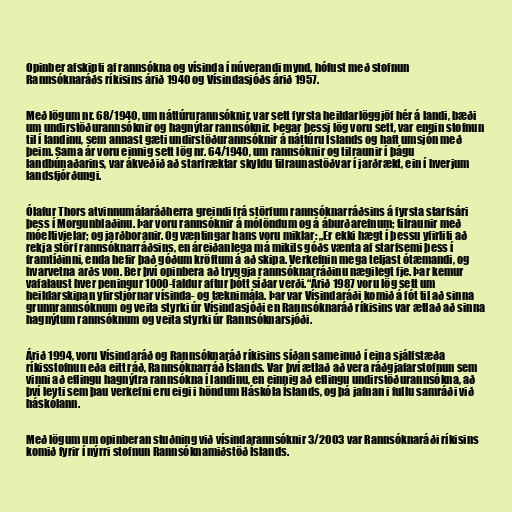
Opinber afskipti af rannsókna og vísinda í núverandi mynd, hófust með stofnun
Rannsóknaráðs ríkisins árið 1940 og Vísindasjóðs árið 1957.

Með lögum nr. 68/1940, um náttúrurannsóknir, var sett fyrsta heildarlöggjöf hér á landi, bæði
um undirstöðurannsóknir og hagnýtar rannsóknir. Þegar þessi lög voru sett, var engin stofnun
til í landinu, sem annast gæti undirstöðurannsóknir á náttúru Íslands og haft umsjón með
þeim. Sama ár voru einnig sett lög nr. 64/1940, um rannsóknir og tilraunir í þágu
landbúnaðarins, var ákveðið að starfræktar skyldu tilraunastöðvar í jarðrækt, ein í hverjum
landsfjórðungi.

Ólafur Thors atvinnumálaráðherra greindi frá störfum rannsóknarráðsins á fyrsta starfsári
þess í Morgunblaðinu. Þar voru rannsóknir á mólöndum og á áburðarefnum; tilraunir með
móeltivjelar; og jarðboranir. Og væntingar hans voru miklar: „Er ekki hægt í þessu yfirliti að
rekja störf rannsóknarráðsins, en áreiðanlega má mikils góðs vænta af starfsemi þess í
framtíðinni, enda hefir það góðum kröftum á að skipa. Verkefnin mega teljast ótæmandi, og
hvarvetna arðs von. Ber því opinbera að tryggja rannsóknarráðinu nægilegt fje. Þar kemur
vafalaust hver peningur 1000-faldur aftur þótt síðar verði.“Árið 1987 voru lög sett um
heildarskipan yfirstjórnar vísinda- og tæknimála. Þar var Vísindaráði komið á fót til að sinna
grunnrannsóknum og veita styrki úr Vísindasjóði en Rannsóknaráð ríkisins var ætlað að sinna
hagnýtum rannsóknum og veita styrki úr Rannsóknarsjóði.

Árið 1994, voru Vísindaráð og Rannsóknaráð ríkisins síðan sameinuð í eina sjálfstæða
ríkisstofnun eða eitt ráð, Rannsóknarráð Íslands. Var því ætlað að vera ráðgjafarstofnun sem
vinni að eflingu hagnýtra rannsókna í landinu, en einnig að eflingu undirstöðurannsókna, að
því leyti sem þau verkefni eru eigi i höndum Háskóla Íslands, og þá jafnan i fullu samráði við
háskólann.

Með lögum um opinberan stuðning við vísindarannsóknir 3/2003 var Rannsóknaráði ríkisins
komið fyrir í nýrri stofnun Rannsóknamiðstöð Íslands.